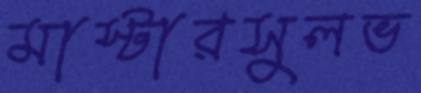
মাস্টারসুলভ